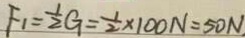
F _ { 1 } = \frac { 1 } { 2 } G = \frac { 1 } { 2 } \times 1 0 0 N = 5 0 N _ { \cdot }